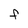
Character: F